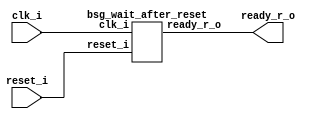
// This program was cloned from: https://github.com/chipsalliance/synlig
// License: Apache License 2.0



module top
(
  reset_i,
  clk_i,
  ready_r_o
);

  input reset_i;
  input clk_i;
  output ready_r_o;

  bsg_wait_after_reset
  wrapper
  (
    .reset_i(reset_i),
    .clk_i(clk_i),
    .ready_r_o(ready_r_o)
  );


endmodule



module bsg_wait_after_reset
(
  reset_i,
  clk_i,
  ready_r_o
);

  input reset_i;
  input clk_i;
  output ready_r_o;
  wire ready_r_o,N0,N1,N3,N4,N5,N6,N7,N8,N9,N10,N11,N12,N13,N14,N15,N16;
  wire [4:0] counter_r;
  reg ready_r_o_sv2v_reg,counter_r_4_sv2v_reg,counter_r_3_sv2v_reg,
  counter_r_2_sv2v_reg,counter_r_1_sv2v_reg,counter_r_0_sv2v_reg;
  assign ready_r_o = ready_r_o_sv2v_reg;
  assign counter_r[4] = counter_r_4_sv2v_reg;
  assign counter_r[3] = counter_r_3_sv2v_reg;
  assign counter_r[2] = counter_r_2_sv2v_reg;
  assign counter_r[1] = counter_r_1_sv2v_reg;
  assign counter_r[0] = counter_r_0_sv2v_reg;
  assign N12 = counter_r[3] | counter_r[4];
  assign N13 = counter_r[2] | N12;
  assign N14 = counter_r[1] | N13;
  assign N15 = counter_r[0] | N14;
  assign N16 = ~N15;
  assign { N9, N8, N7, N6, N5 } = counter_r + 1'b1;
  assign N10 = (N0)? 1'b0 : 
               (N1)? 1'b1 : 1'b0;
  assign N0 = N16;
  assign N1 = N15;
  assign N11 = (N0)? 1'b1 : 
               (N1)? 1'b0 : 1'b0;
  assign N3 = N16 | reset_i;
  assign N4 = ~N3;

  always @(posedge clk_i) begin
    if(reset_i) begin
      ready_r_o_sv2v_reg <= 1'b0;
    end else if(N11) begin
      ready_r_o_sv2v_reg <= 1'b1;
    end 
    if(reset_i) begin
      counter_r_4_sv2v_reg <= 1'b0;
      counter_r_3_sv2v_reg <= 1'b0;
      counter_r_2_sv2v_reg <= 1'b0;
      counter_r_1_sv2v_reg <= 1'b0;
      counter_r_0_sv2v_reg <= 1'b1;
    end else if(N10) begin
      counter_r_4_sv2v_reg <= N9;
      counter_r_3_sv2v_reg <= N8;
      counter_r_2_sv2v_reg <= N7;
      counter_r_1_sv2v_reg <= N6;
      counter_r_0_sv2v_reg <= N5;
    end 
  end


endmodule